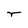
Character: r